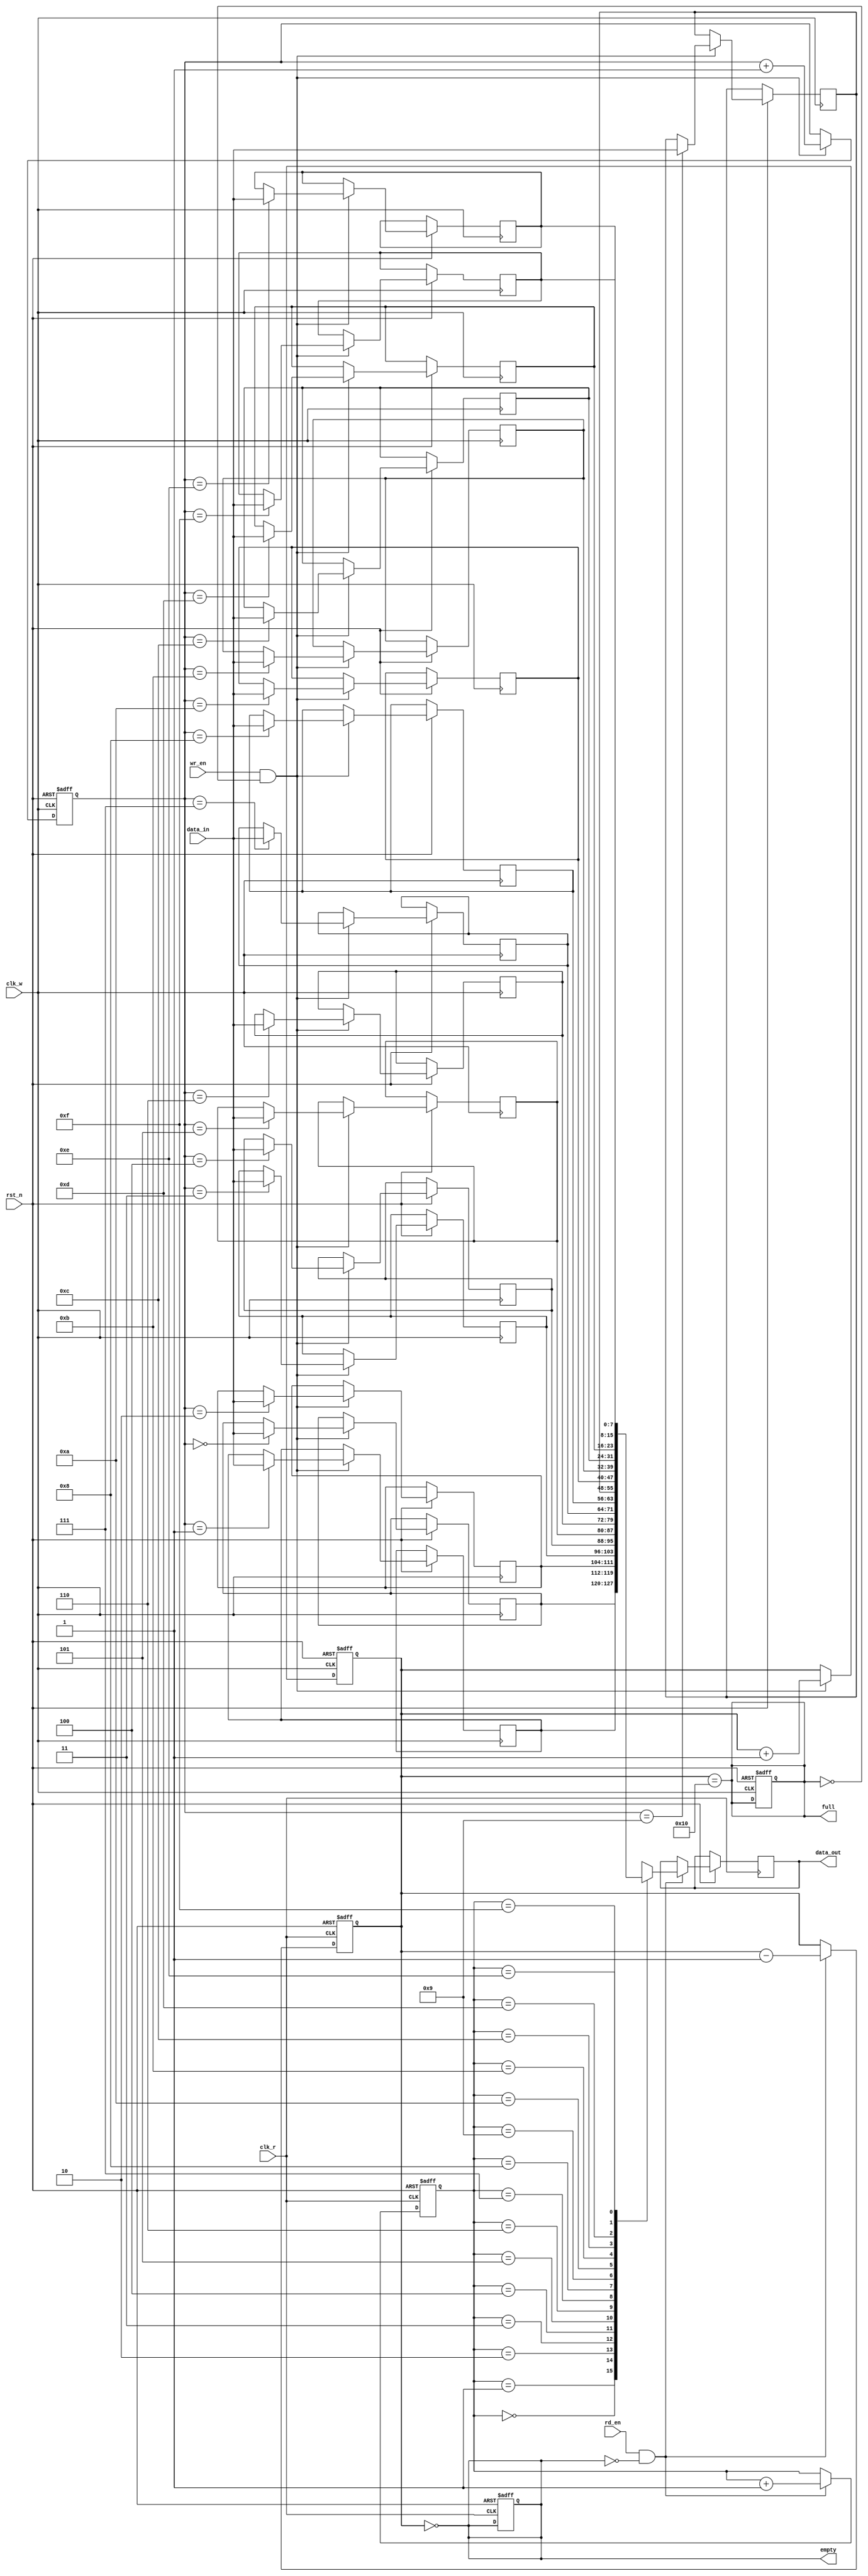
module dual_clock_fifo #(
    parameter DATA_WIDTH = 8,  // Width of the data
    parameter FIFO_DEPTH = 16   // Depth of the FIFO (number of entries)
)(
    input wire clk_w,           // Write clock
    input wire clk_r,           // Read clock
    input wire rst_n,           // Active low reset
    input wire wr_en,           // Write enable
    input wire rd_en,           // Read enable
    input wire [DATA_WIDTH-1:0] data_in, // Data input
    output reg [DATA_WIDTH-1:0] data_out, // Data output
    output reg full,            // Full flag
    output reg empty            // Empty flag
);

    // Memory array
    reg [DATA_WIDTH-1:0] fifo_mem [0:FIFO_DEPTH-1];

    // Write and read pointers
    reg [clog2(FIFO_DEPTH)-1:0] wr_ptr;
    reg [clog2(FIFO_DEPTH)-1:0] rd_ptr;
    reg [clog2(FIFO_DEPTH):0] count; // Count of the number of items in the FIFO

    // Calculate the log base 2 of FIFO_DEPTH
    function integer clog2;
        input integer value;
        begin
            clog2 = 0;
            while (2**clog2 < value) begin
                clog2 = clog2 + 1;
            end
        end
    endfunction

    // Write logic
    always @(posedge clk_w or negedge rst_n) begin
        if (!rst_n) begin
            wr_ptr <= 0;
            count <= 0;
            full <= 0;
        end else if (wr_en && !full) begin
            fifo_mem[wr_ptr] <= data_in;
            wr_ptr <= wr_ptr + 1;
            count <= count + 1;
        end
    end

    // Read logic
    always @(posedge clk_r or negedge rst_n) begin
        if (!rst_n) begin
            rd_ptr <= 0;
            count <= 0;
            empty <= 1;
        end else if (rd_en && !empty) begin
            data_out <= fifo_mem[rd_ptr];
            rd_ptr <= rd_ptr + 1;
            count <= count - 1;
        end
    end

    // Status management
    always @(*) begin
        // Update full and empty flags
        full = (count == FIFO_DEPTH);
        empty = (count == 0);
    end

endmodule